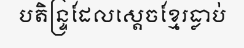
បតិន្ទ្រដែលស្តេចខ្មែរធ្លាប់